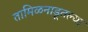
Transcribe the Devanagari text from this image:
तामिळनाडूतल्या